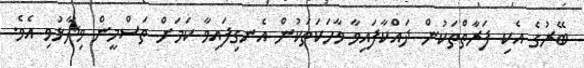
ބޭރުގެ އެކި ފަރާތްތަކުން ދައްކާފައިވާ ވާހަކަތަކުން އެނގިފައިވާ ކަމަށް ތަސްމީން ވިދާޅުވި އެވެ.